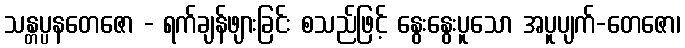
သန္တပ္ပနတေဇော - ရက်ချန်ဖျားခြင်း စသည်ဖြင့် နွေးနွေးပူသော အပူပျက်-တေဇော၊